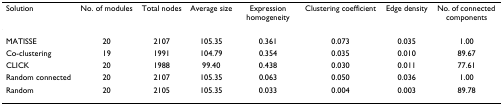
<table><thead><tr><td><b>Solution</b></td><td><b>No. of modules</b></td><td><b>Total nodes</b></td><td><b>Average size</b></td><td><b>Expression homogeneity</b></td><td><b>Clustering coefficient</b></td><td><b>Edge density</b></td><td><b>No. of connected components</b></td></tr></thead><tbody><tr><td>MATISSE</td><td>20</td><td>2107</td><td>105.35</td><td>0.361</td><td>0.073</td><td>0.035</td><td>1.00</td></tr><tr><td>Co-clustering</td><td>19</td><td>1991</td><td>104.79</td><td>0.354</td><td>0.035</td><td>0.010</td><td>89.67</td></tr><tr><td>CLICK</td><td>20</td><td>1988</td><td>99.40</td><td>0.438</td><td>0.030</td><td>0.011</td><td>77.61</td></tr><tr><td>Random connected</td><td>20</td><td>2107</td><td>105.35</td><td>0.063</td><td>0.050</td><td>0.036</td><td>1.00</td></tr><tr><td>Random</td><td>20</td><td>2105</td><td>105.35</td><td>0.033</td><td>0.004</td><td>0.003</td><td>89.78</td></tr></tbody></table>